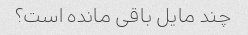
چند مایل باقی مانده است؟